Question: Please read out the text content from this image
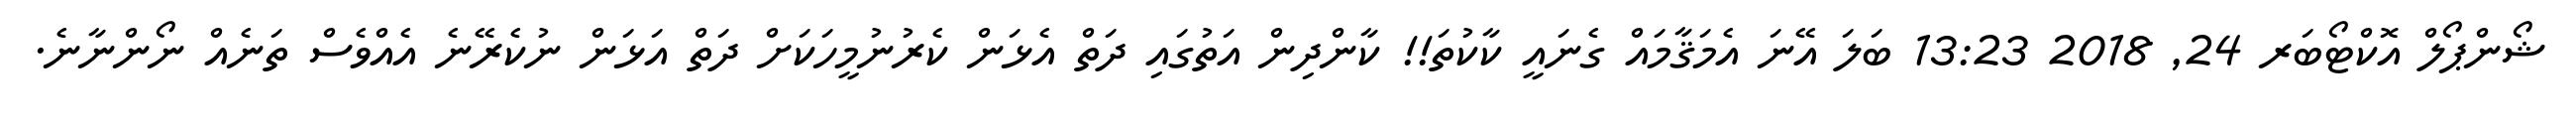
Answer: ޝޯންޕޯލް އޮކްޓޯބަރ 24, 2018 13:23 ބަލަ އޭނަ އެމަޤާމައް ގެނައީ ކާކުތަ!! ކާންދިން އަތުގައި ދަތް އެޅަން ކެރުނުމީހަކަށް ދަތް އަޅަން ނުކެރޭނެ އެއްވެސް ތަނެއް ނޯންނާނެ.